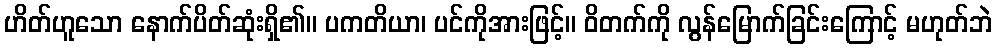
ဟိတ်ဟူသော နောက်ပိတ်ဆုံးရှိ၏။ ပကတိယာ၊ ပင်ကိုအားဖြင့်။ ဝိတက်ကို လွန်မြောက်ခြင်းကြောင့် မဟုတ်ဘဲ